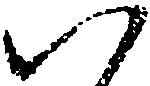
い